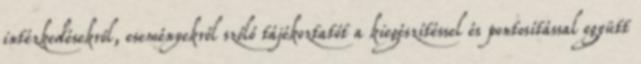
intézkedésekről, eseményekről szóló tájékoztatót a kiegészítéssel és pontosítással együtt